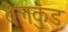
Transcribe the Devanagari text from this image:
बेलकुंड